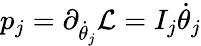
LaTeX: p_{j}=\partial_{\dot{\theta}_{j}}\mathcal{L}=I_{j}\dot{\theta}_{j}